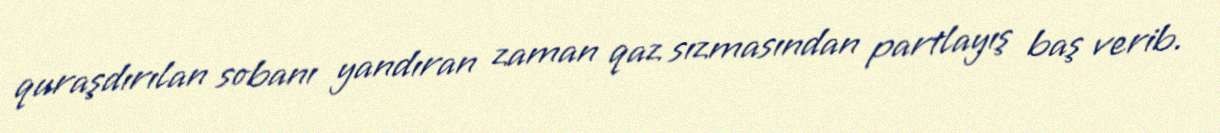
quraşdırılan sobanı yandıran zaman qaz sızmasından partlayış baş verib.